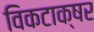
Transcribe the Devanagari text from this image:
विकटाक्षर